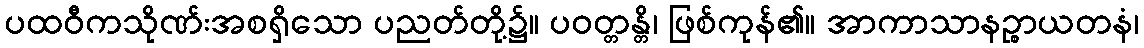
ပထဝီကသိုဏ်းအစရှိသော ပညတ်တို့၌။ ပဝတ္တန္တိ၊ ဖြစ်ကုန်၏။ အာကာသာနဉ္စာယတနံ၊